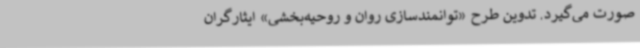
صورت می‌گیرد. تدوین طرح «توانمندسازی روان و روحیه‌بخشی» ایثارگران